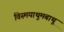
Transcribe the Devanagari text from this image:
विस्मयाथुमबाथू